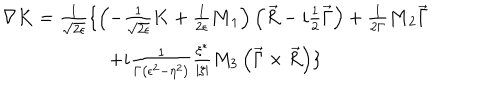
\begin{array} { c } { { \nabla { \bf K } = \frac 1 { \sqrt { 2 \epsilon } } \{ \left( - \frac 1 { \sqrt { 2 \epsilon } } { \bf K } + \frac 1 { 2 \epsilon } { \bf M } _ { 1 } \right) \left( \vec { R } - i \frac 1 2 \vec { \Gamma } \right) + \frac 1 { 2 \Gamma } { \bf M } _ { 2 } \vec { \Gamma } } } \\ { { + i \frac 1 { \Gamma \left( \epsilon ^ { 2 } - \eta ^ { 2 } \right) } \frac { \xi ^ { * } } { \left| \xi \right| } M _ { 3 } \left( \vec { \Gamma } \times \vec { R } \right) \} } } \\ \end{array}